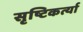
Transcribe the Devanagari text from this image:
सृष्टिकर्त्या